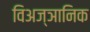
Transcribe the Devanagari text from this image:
विअज्ञानिक